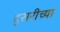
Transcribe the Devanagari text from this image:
दुसरीच्या